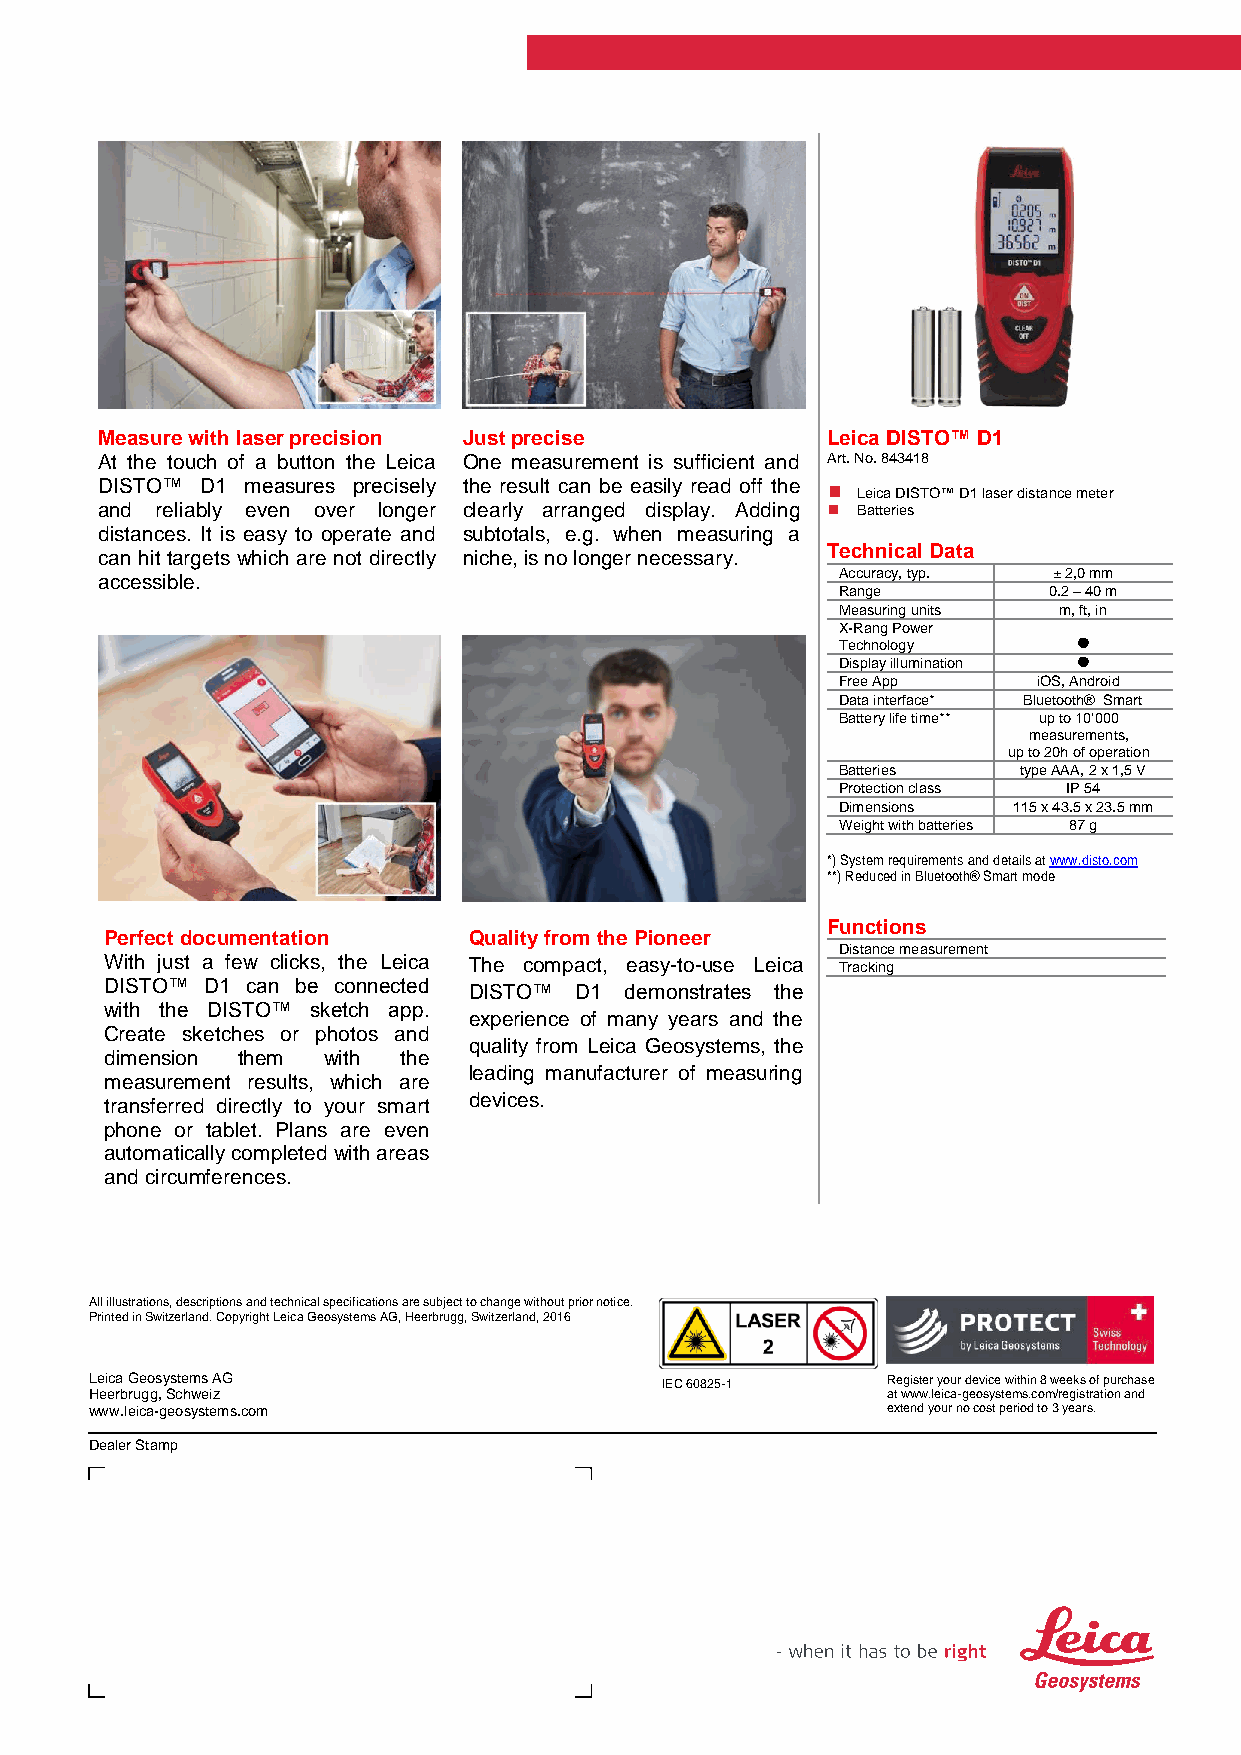
Measure with laser precision Just precise       Leica DISTO™ D1
 At the touch of a button the Leica One measurement is sufficient and Art. No. 843418
 DISTO™ D1 measures precisely the result can be easily read off the  Leica DISTO™ D1 laser distance meter
 and reliably even over longer clearly arranged display. Adding  Batteries
 distances. It is easy to operate and subtotals, e.g. when measuring a
 can hit targets which are not directly niche, is no longer necessary.
 Technical Data
 Accuracy, typ. ± 2,0 mm
 accessible.
 Range         0.2 – 40 m
 Measuring units m, ft, in
 X-Rang Power
 Technology      
 Display illumination 
 Free App      iOS, Android
 Data interface* Bluetooth® Smart
 Battery life time** up to 10‘000
 measurements,
 up to 20h of operation
 Batteries   type AAA, 2 x 1,5 V
 Protection class IP 54
 Dimensions  115 x 43.5 x 23.5 mm
 Weight with batteries 87 g
 *) System requirements and details at www.disto.com
 **) Reduced in Bluetooth® Smart mode
 Functions
 Perfect documentation   Quality from the Pioneer
 Distance measurement
 With just a few clicks, the Leica The compact, easy-to-use Leica Tracking
 DISTO™ D1 can be connected DISTO™ D1 demonstrates the
 with the DISTO™ sketch app.
 experience of many years and the
 Create sketches or photos and
 quality from Leica Geosystems, the
 dimension them with the
 leading manufacturer of measuring
 measurement results, which are
 transferred directly to your smart devices.
 phone or tablet. Plans are even
 automatically completed with areas
 and circumferences.
 All illustrations, descriptions and technical specifications are subject to change without prior notice.
 Printed in Switzerland. Copyright Leica Geosystems AG, Heerbrugg, Switzerland, 2016
 Leica Geosystems AG                   IEC 60825-1    Register your device within 8 weeks of purchase
 Heerbrugg, Schweiz                                   at www.leica-geosystems.com/registration and
 www.leica-geosystems.com                             extend your no cost period to 3 years.
 Dealer Stamp